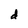
Character: d